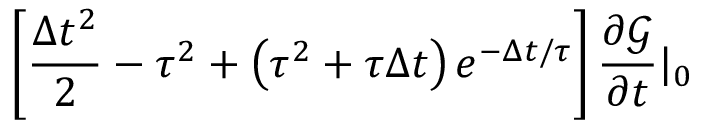
\left[ { \frac { \Delta t ^ { 2 } } { 2 } - \tau ^ { 2 } + \left( { \tau ^ { 2 } + \tau \Delta t } \right) e ^ { - \Delta t / \tau } } \right] \frac { \partial \mathscr { G } } { \partial t } | _ { 0 }